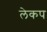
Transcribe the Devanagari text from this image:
लेकप